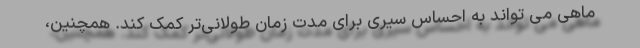
ماهی می تواند به احساس سیری برای مدت زمان طولانی‌تر کمک کند. همچنین،